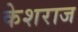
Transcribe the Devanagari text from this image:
केशराज